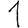
Digit: 1